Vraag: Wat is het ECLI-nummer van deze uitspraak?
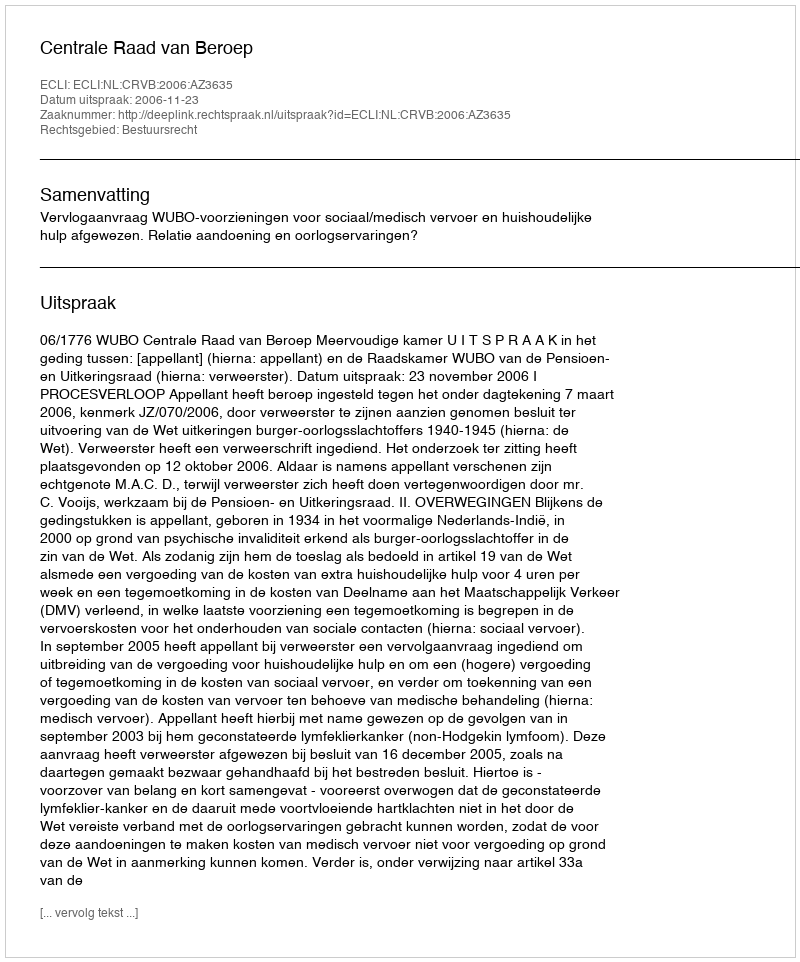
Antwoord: ECLI:NL:CRVB:2006:AZ3635